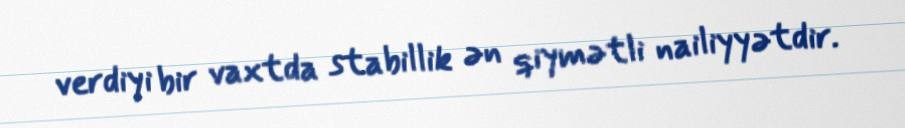
verdiyi bir vaxtda stabillik ən qiymətli nailiyyətdir.